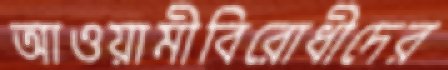
আওয়ামীবিরোধীদের